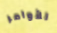
للأوامر